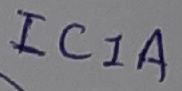
Text: ICIA